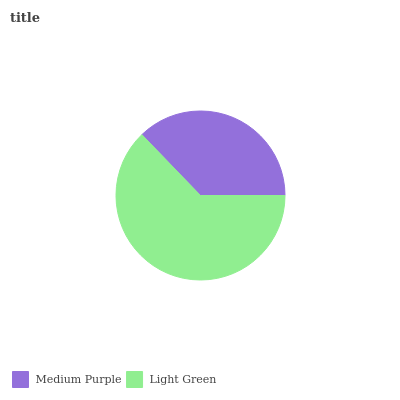
| Medium Purple | Light Green |
 | --- | --- |
 | 37.2% | 62.8% |